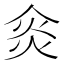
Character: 𠊌